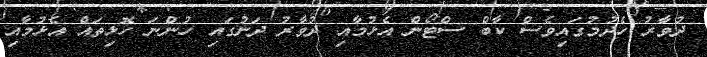
ދުވާރު ހެދުމުގައިވެސް ކާބް ސްޓޯން އެޅުމާއި ދުވާރު ދަށުގައި ހުންނަ ހޮޅިތައް އެޅުމާއި